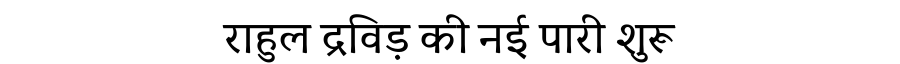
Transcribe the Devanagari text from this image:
राहुल द्रविड़ की नई पारी शुरू